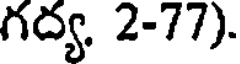
గద్య, 2-77).